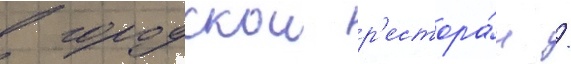
в городскои р'естора́н /